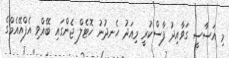
މި އަސާސީ ގަވާއިދު ފާސްކުރީ މިއަދު ހެނދުނު ހޮޓެލް ޖެންގައި ބޭއްވި އެފްއޭއެމްގެ